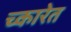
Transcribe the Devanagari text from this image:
च्कारेत